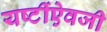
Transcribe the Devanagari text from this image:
यष्टींऐवजी